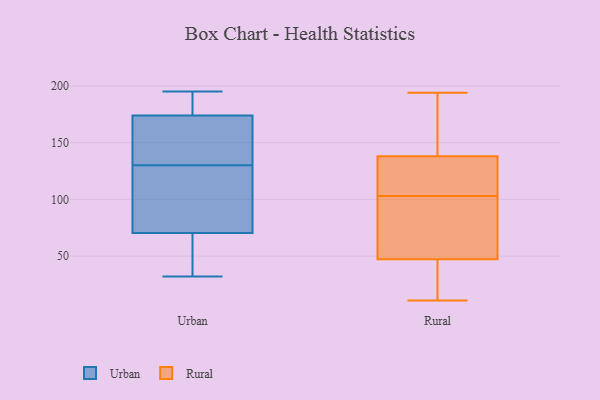
{"axis": {"x": "Churn Rate (%)", "y": "Value"}, "legend": ["Rural", "Urban"], "data": [{"x": "", "y": 75, "type": "Urban"}, {"x": "", "y": 195, "type": "Urban"}, {"x": "", "y": 194, "type": "Urban"}, {"x": "", "y": 34, "type": "Urban"}, {"x": "", "y": 176, "type": "Urban"}, {"x": "", "y": 130, "type": "Urban"}, {"x": "", "y": 168, "type": "Urban"}, {"x": "", "y": 32, "type": "Urban"}, {"x": "", "y": 143, "type": "Urban"}, {"x": "", "y": 120, "type": "Urban"}, {"x": "", "y": 69, "type": "Urban"}, {"x": "", "y": 36, "type": "Rural"}, {"x": "", "y": 11, "type": "Rural"}, {"x": "", "y": 100, "type": "Rural"}, {"x": "", "y": 15, "type": "Rural"}, {"x": "", "y": 129, "type": "Rural"}, {"x": "", "y": 176, "type": "Rural"}, {"x": "", "y": 104, "type": "Rural"}, {"x": "", "y": 158, "type": "Rural"}, {"x": "", "y": 59, "type": "Rural"}, {"x": "", "y": 78, "type": "Rural"}, {"x": "", "y": 103, "type": "Rural"}, {"x": "", "y": 138, "type": "Rural"}, {"x": "", "y": 136, "type": "Rural"}, {"x": "", "y": 194, "type": "Rural"}, {"x": "", "y": 30, "type": "Rural"}, {"x": "", "y": 51, "type": "Rural"}, {"x": "", "y": 138, "type": "Rural"}]}